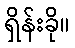
ရှိန်းခို။